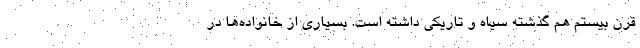
قرن بیستم هم گذشته سیاه و تاریکی داشته است. بسیاری از خانواده‌ها در